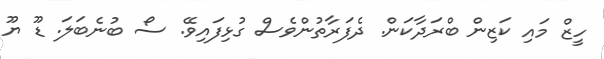
ހީޒް މައި ކަޒިން ބްރަދާކަން. ދެފަރާތުންވެސް ގުޅިފައިވޭ. ސޯ ބުނެބަލަ. ޑޫ ޔޫ